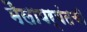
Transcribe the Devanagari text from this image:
मैलापर्यंतची